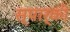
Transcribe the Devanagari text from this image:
स्पार्की